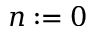
n : = 0